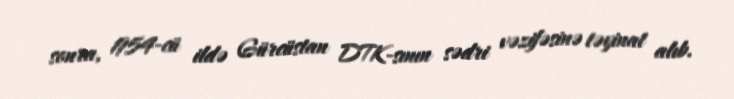
sonra, 1954-cü ildə Gürcüstan DTK-sının sədri vəzifəsinə təyinat alıb.